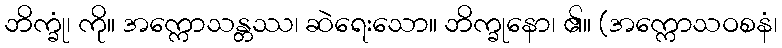
ဘိက္ခုံ၊ ကို။ အက္ကောသန္တဿ၊ ဆဲရေးသော။ ဘိက္ခုနော၊ ၏။ (အက္ကောသဝစနံ၊